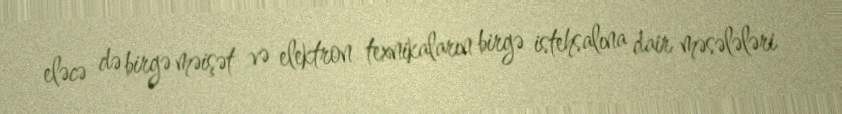
eləcə də birgə məişət və elektron texnikaların birgə istehsalına dair məsələləri